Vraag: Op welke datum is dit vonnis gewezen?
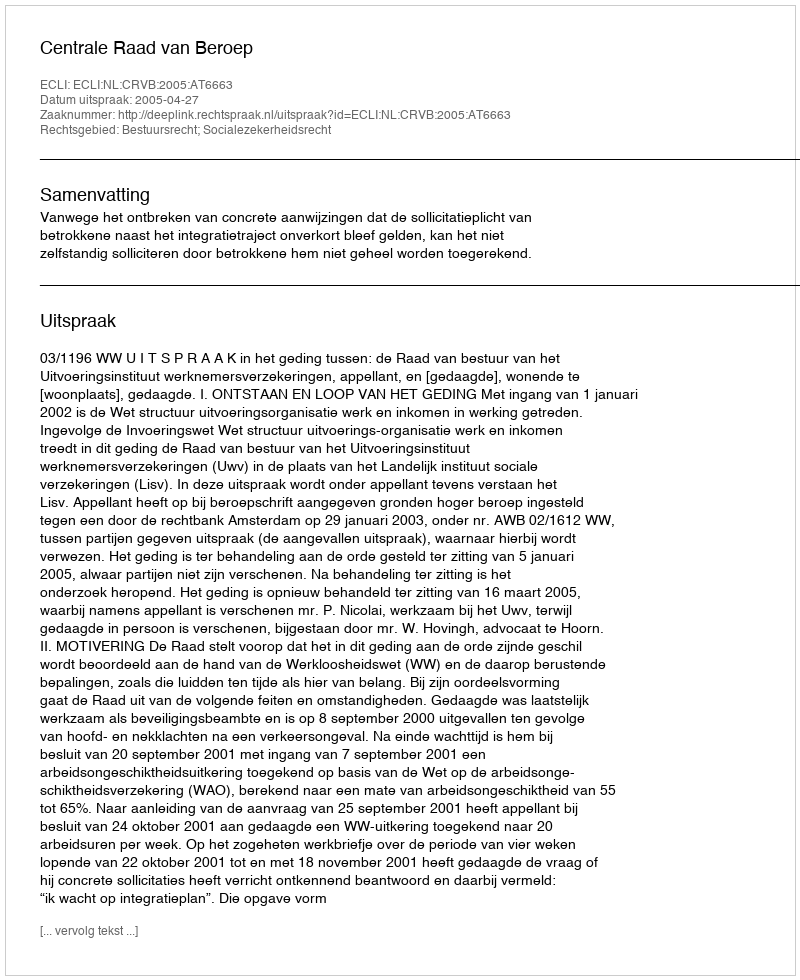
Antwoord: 2005-04-27